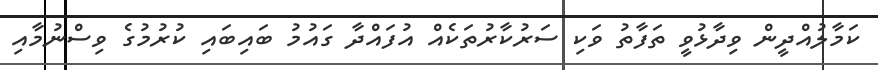
ކަމާލުއްދީން ވިދާޅުވީ ތަފާތު ވަކި ސަރުކާރުތަކެއް އުފައްދާ ގައުމު ބައިބައި ކުރުމުގެ ވިސްނުމާއި